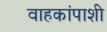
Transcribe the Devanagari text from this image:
वाहकांपाशी